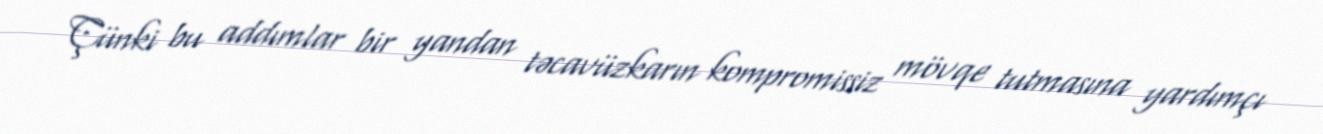
Çünki bu addımlar bir yandan təcavüzkarın kompromissiz mövqe tutmasına yardımçı